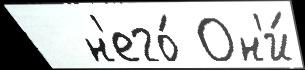
  н'его́ Он'и́